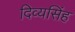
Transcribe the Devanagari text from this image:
दिव्यसिंह